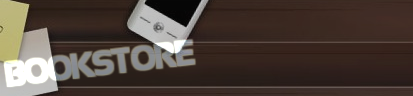
BOOKSTORE